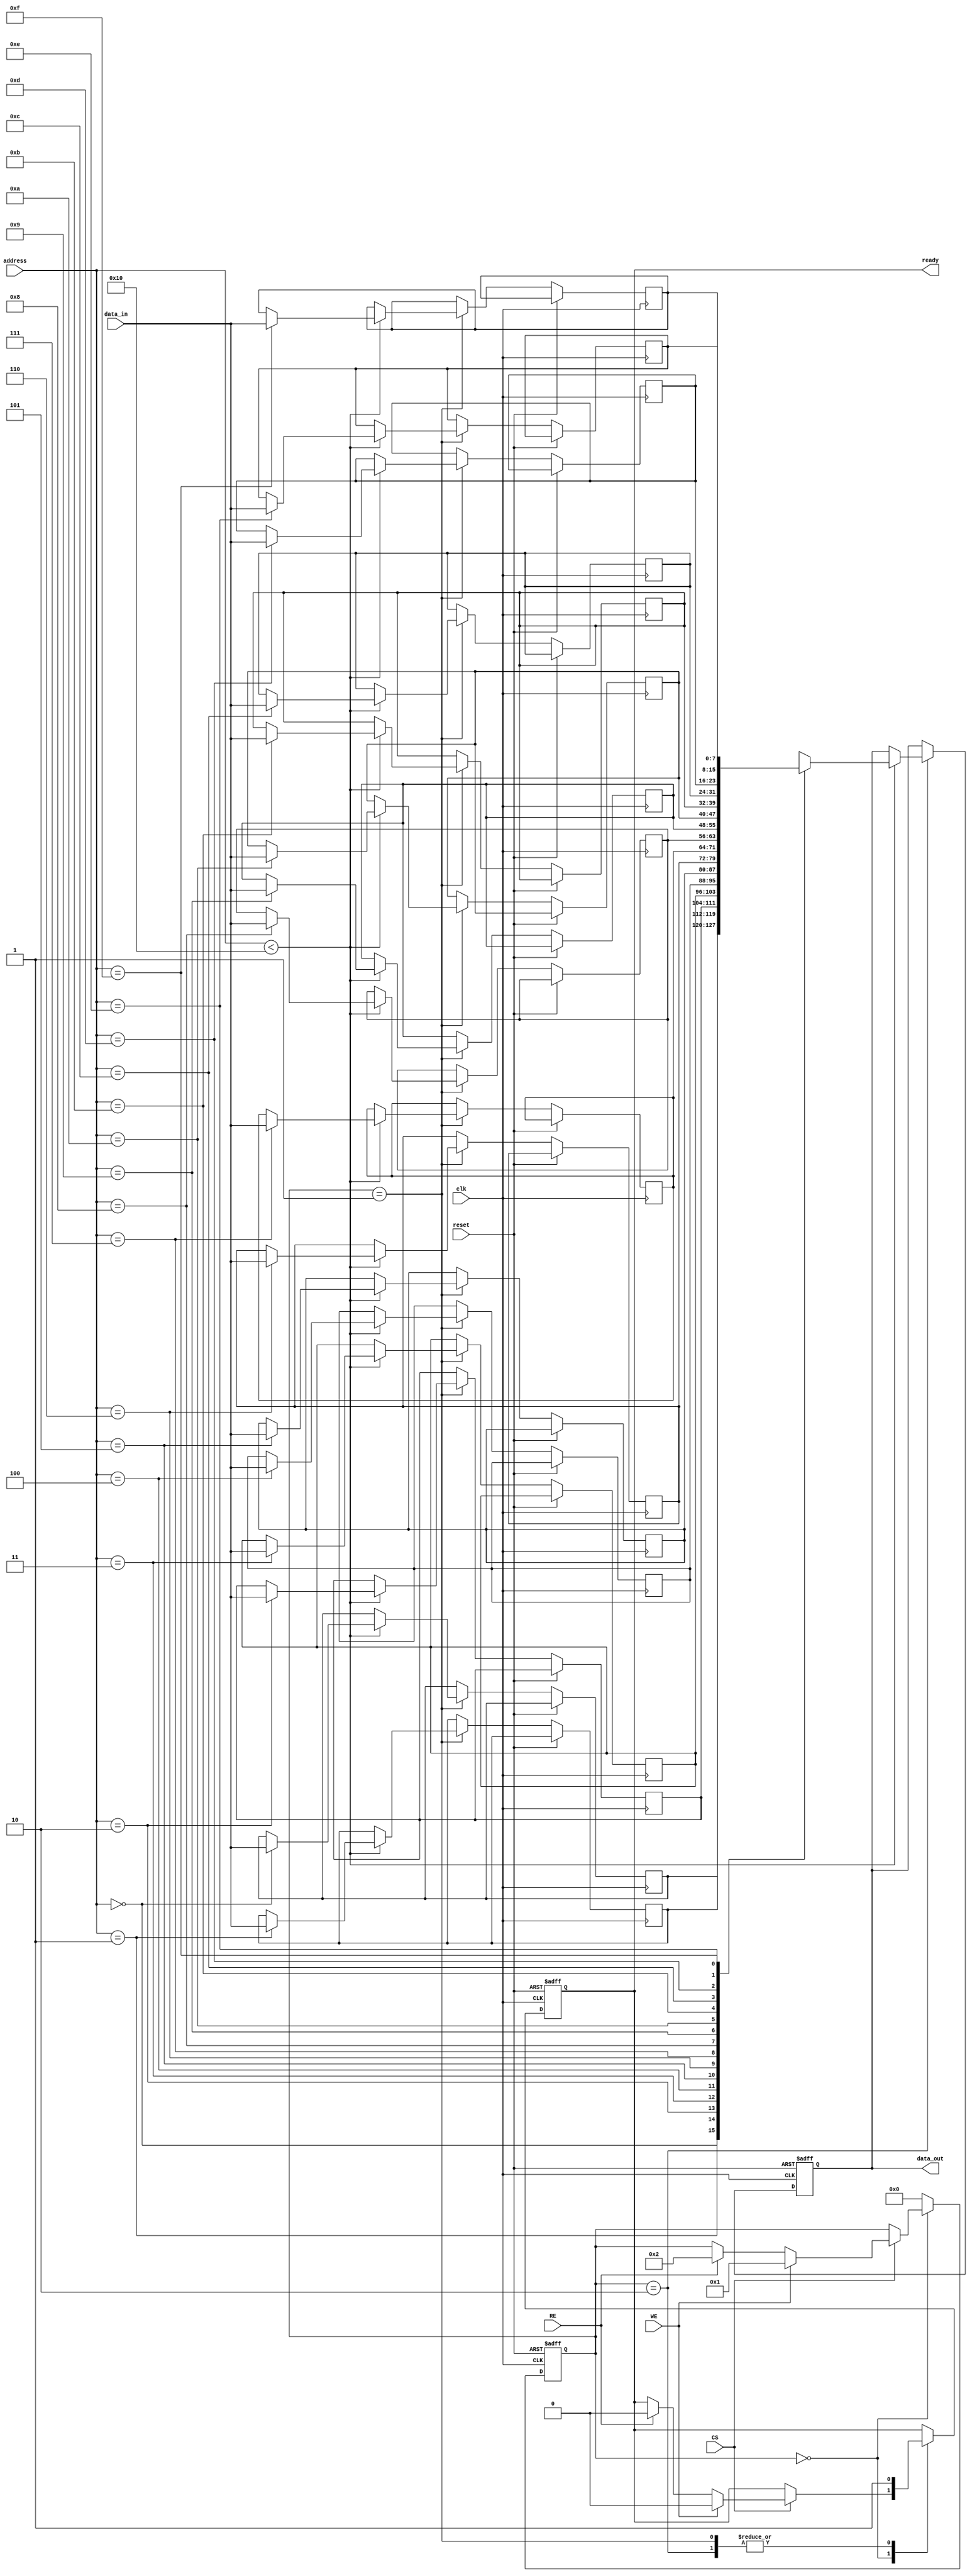
module mlc_eeprom (
    input wire clk,               // Clock input
    input wire reset,             // Reset signal
    input wire WE,                // Write Enable
    input wire RE,                // Read Enable
    input wire CS,                // Chip Select
    input wire [7:0] data_in,     // Data input (8-bit for example)
    input wire [3:0] address,     // Address lines (4-bit for example)
    output reg [7:0] data_out,     // Data output
    output reg ready              // Ready signal for operation completion
);

    // Parameters
    parameter MEMORY_SIZE = 16;   // Number of addressable locations
    parameter DATA_BITS = 8;       // Number of bits per data line
    reg [3:0] state;               // State for FSM
    reg [DATA_BITS-1:0] memory [0:MEMORY_SIZE-1]; // Memory array

    // State encoding
    localparam IDLE = 4'b0000,
               WRITE = 4'b0001,
               READ = 4'b0010,
               PROGRAMMING = 4'b0011;

    // State machine for read/write operations
    always @(posedge clk or posedge reset) begin
        if (reset) begin
            state <= IDLE;
            data_out <= 0;
            ready <= 1;
        end else begin
            case (state)
                IDLE: begin
                    if (CS) begin
                        if (WE) begin
                            state <= WRITE;
                            ready <= 0;
                        end else if (RE) begin
                            state <= READ;
                            ready <= 0;
                        end
                    end
                end
                
                WRITE: begin
                    // Write data to memory
                    if (address < MEMORY_SIZE) begin
                        memory[address] <= data_in; // Store data
                    end
                    state <= IDLE; // Go back to idle
                    ready <= 1; // Indicate operation completion
                end
                
                READ: begin
                    // Read data from memory
                    if (address < MEMORY_SIZE) begin
                        data_out <= memory[address]; // Output data
                    end
                    state <= IDLE; // Go back to idle
                    ready <= 1; // Indicate operation completion
                end
                
                default: state <= IDLE; // Default to idle
            endcase
        end
    end

endmodule